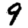
Digit: 9